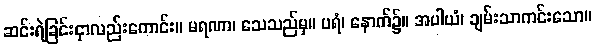
ဆင်းရဲခြင်းငှာလည်းကောင်း။ မရဏာ၊ သေသည်မှ။ ပရံ၊ နောက်၌။ အပါယံ၊ ချမ်းသာကင်းသော။